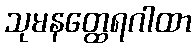
သုမနတ္ထေရဂါထာ